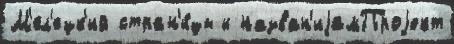
М'ел'ецк'ий стран'и́цы и назван'иjамПроjект